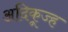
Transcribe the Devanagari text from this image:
अदिकूज्ह